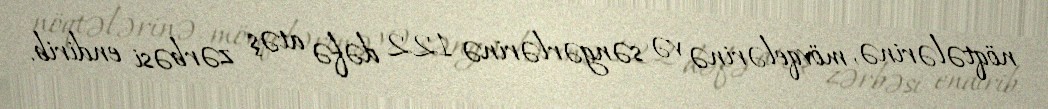
nöqtələrinə, mövqelərinə və səngərlərinə 122 dəfə atəş zərbəsi endirib.